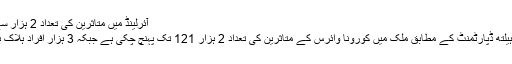
آئرلینڈ میں متاثرین کی تعداد 2 ہزار سے تجاوز کرگئی
ادھر ائرلینڈ کے ہیلتھ ڈپارٹمنٹ کے مطابق ملک میں کورونا وائرس کے متاثرین کی تعداد 2 ہزار 121 تک پہنچ چکی ہے جبکہ 3 ہزار افراد ہلاک بھی ہوچکے ہیں۔